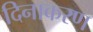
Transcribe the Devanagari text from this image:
दिनाकरण